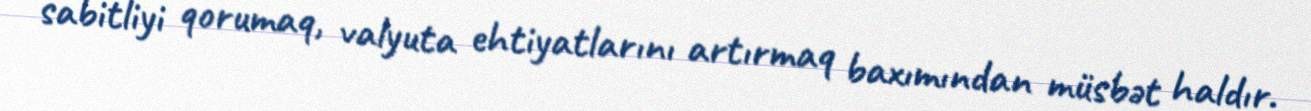
sabitliyi qorumaq, valyuta ehtiyatlarını artırmaq baxımından müsbət haldır.